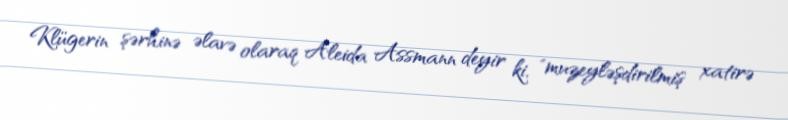
Klügerin şərhinə əlavə olaraq Aleida Assmann deyir ki, "muzeyləşdirilmiş xatirə